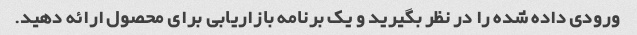
ورودی داده شده را در نظر بگیرید و یک برنامه بازاریابی برای محصول ارائه دهید.